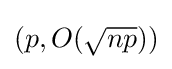
(p,O({\sqrt {np}}))